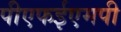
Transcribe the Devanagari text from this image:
पीएफईएमपी